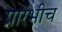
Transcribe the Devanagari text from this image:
प्रारंभीच